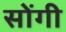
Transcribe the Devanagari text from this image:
सोंगी